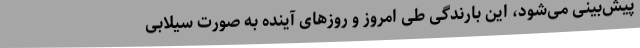
پیش‌بینی می‌شود، این بارندگی‌ طی امروز و روزهای آینده به صورت سیلابی